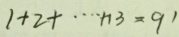
1 + 2 + \cdots n 3 = 9 ^ { 1 }